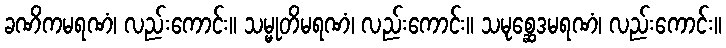
ခဏိကမရဏံ၊ လည်းကောင်း။ သမ္မုတိမရဏံ၊ လည်းကောင်း။ သမုစ္ဆေဒမရဏံ၊ လည်းကောင်း။